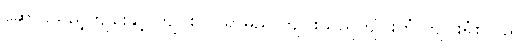
ဆောင်သည့်ကျိုင်းနှင့် ကျိုင်းလပ်ရွာမည် ကျိုင်းသည်ကျိုင်းတုံ ကျိုင်းရုံစသည်